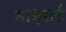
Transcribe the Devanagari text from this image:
डाइसर्ट